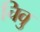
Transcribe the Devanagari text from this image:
चिवु